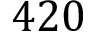
4 2 0